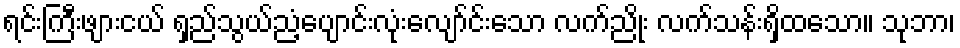
ရင်းကြီးဖျားငယ် ရှည်သွယ်ညံ့ပျောင်းလုံးလျော်င်းသော လက်ညိုး လက်သန်းရှိထသော။ သုဘာ၊